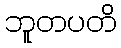
ဘူတပတိ